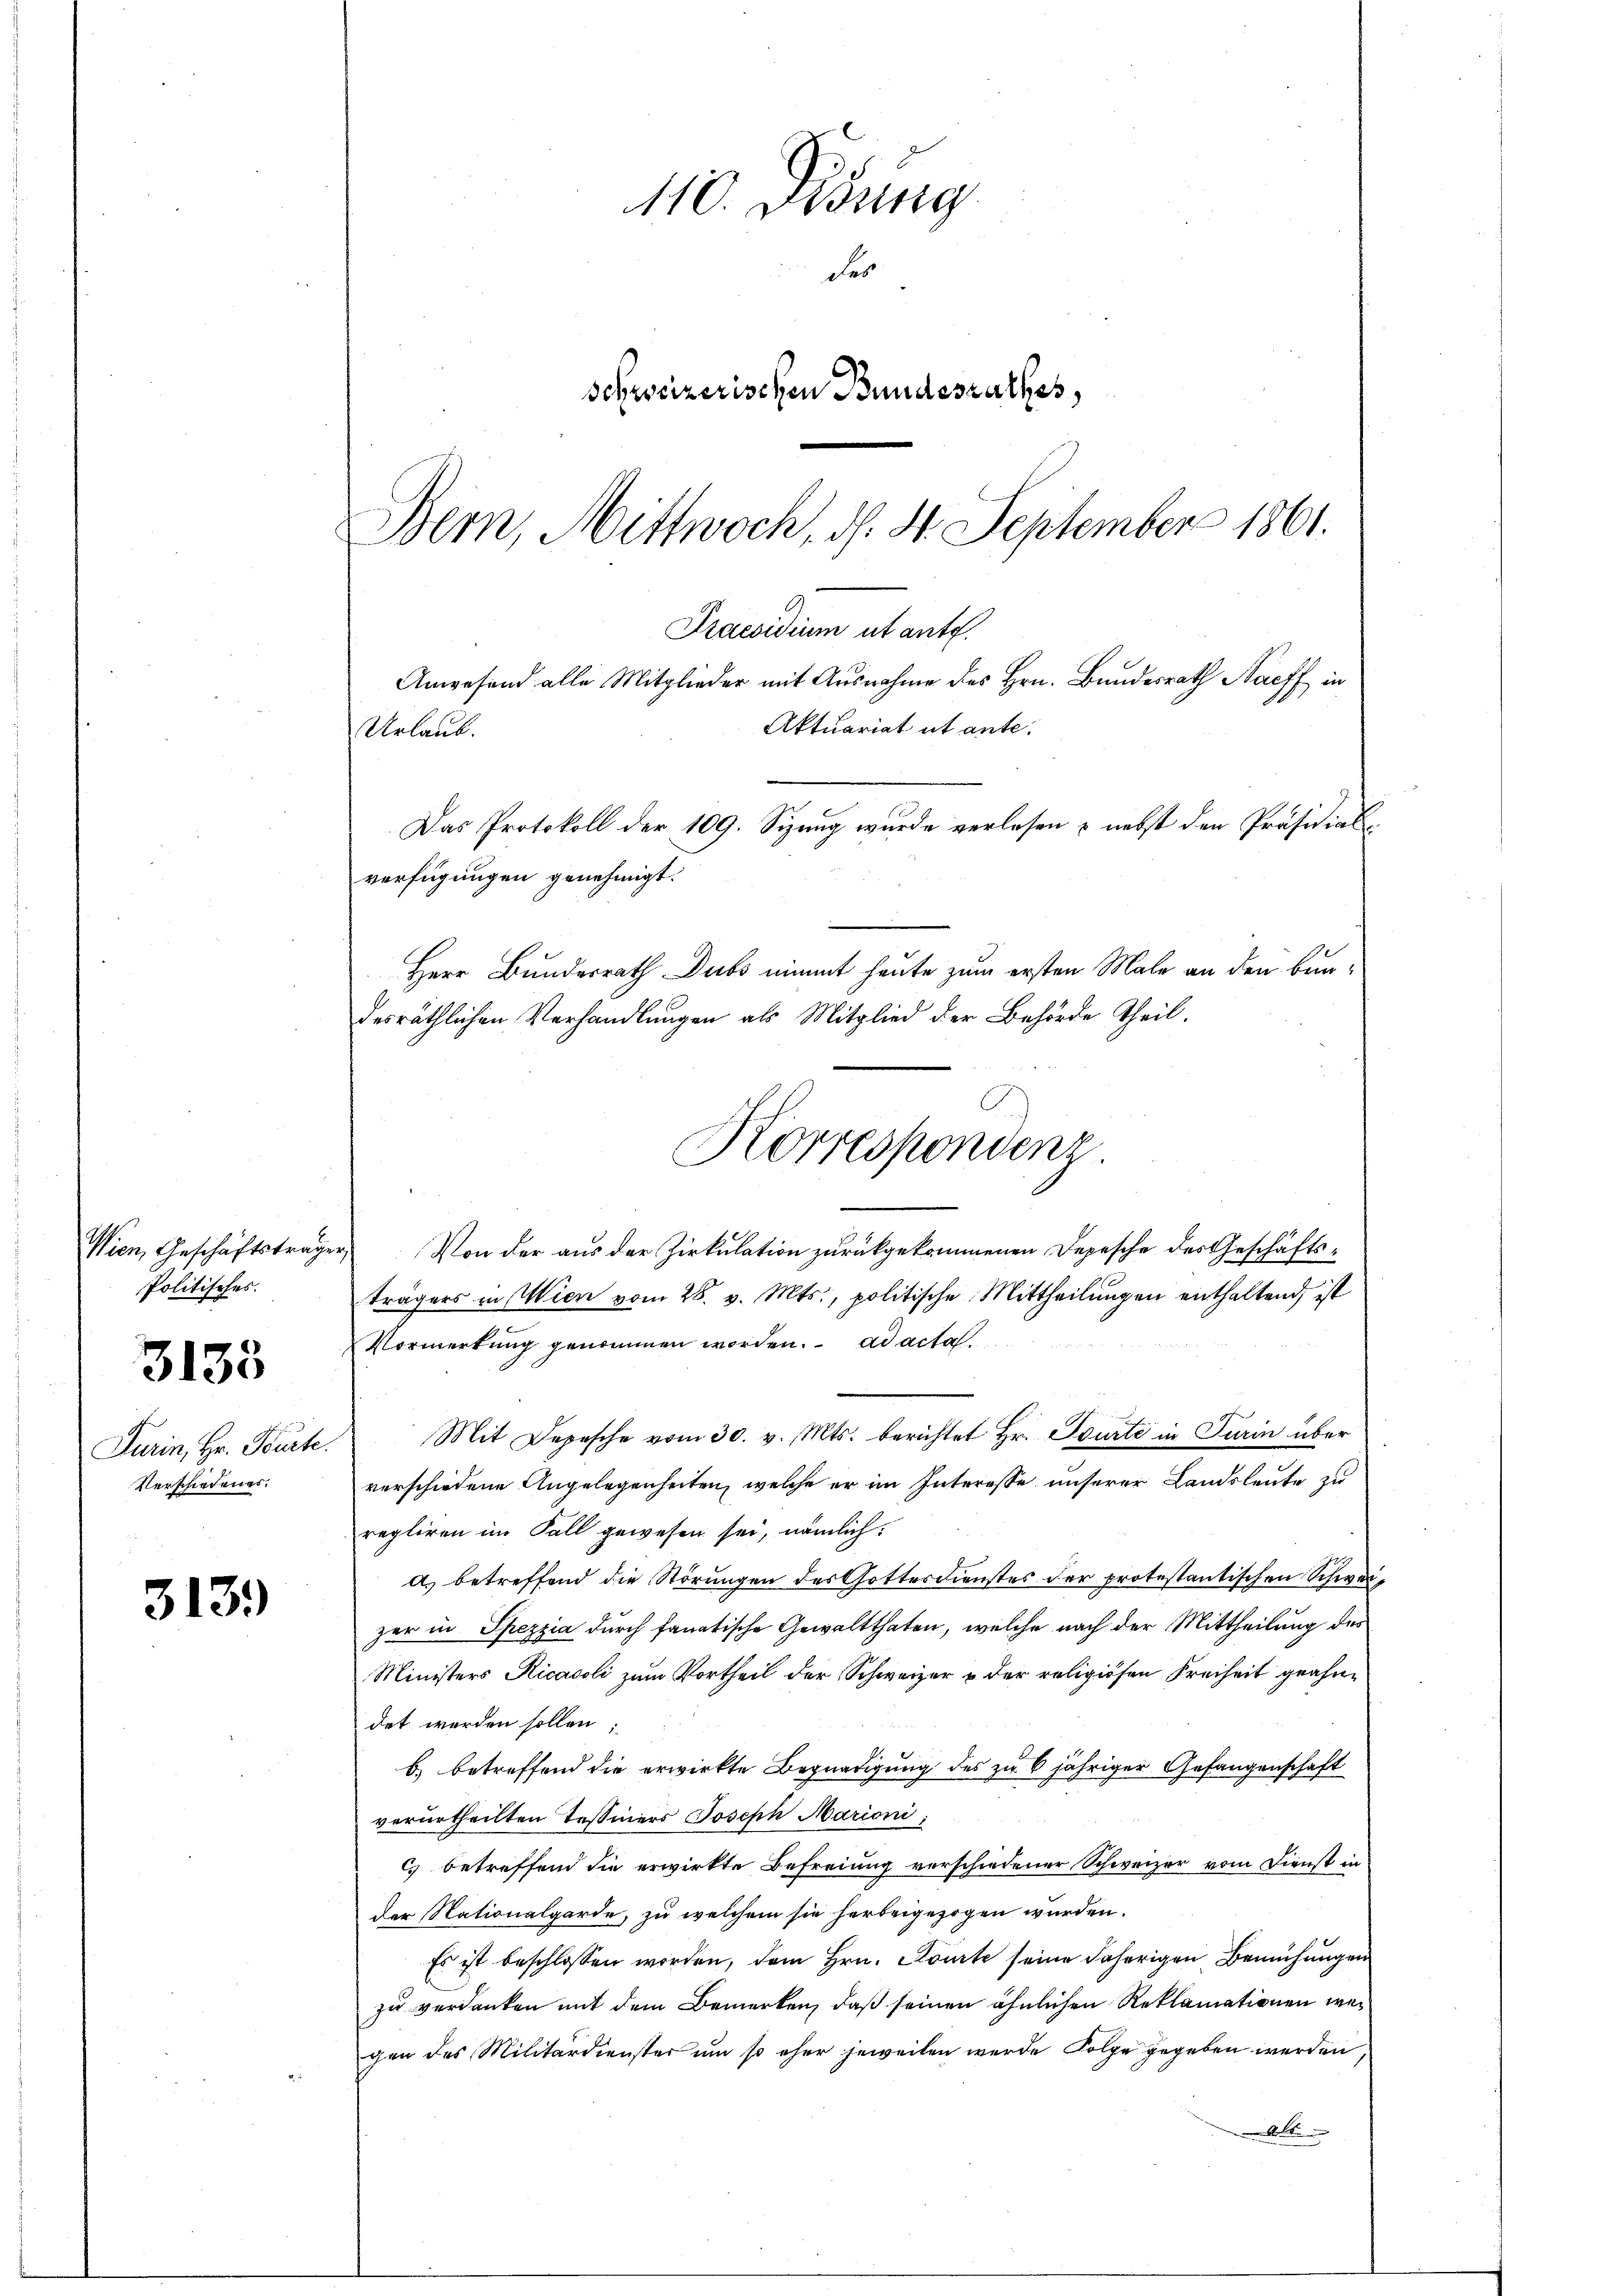
3135

313.

Wien, Geschäftsträge
Politisches.

FTurin, Hr. Bürte.
Verschiedenes.

110. Dedung
Fes
Schweizerischen Bundesrathes,
Bern, Mittwoch, d. 4. September 1861.
Praesidium ut ante.

Anwesend alle Mitglieder mit Ausnahme des Hrn. Bundesrath Naeff in
Aktuariat ut ante.
Urlaub.
Das Protokoll der 109. Sizung wurde verlesen & nebst den Präsidialverfügungen genehmigt.

Von der aus der Zirkulation zurückgekommenen Depesche des Geschäftsträgers in Wien vom 28. v. Mts., politische Mittheilungen enthaltend, ist
Vormerkung genommen worden. ad acta
Mit Depesche vom 30. v. Mts. berichtet Hr. Spürte in Turin über
verschiedene Angelegenheiten, welche er im Interesse unserer Landsleute zu
regliren im Fall gewesen sei, nämlich:
a) betreffend die Störungen des Gottesdienstes der protestantischen Schweizer in Spezzia durch fanatische Gewaltthaten, welche nach der Mittheilung des
Ministers Ricacoli zum Vortheil der Schweizer u der religiösen Freiheit geahne
det werden sollen.
b) betreffend die erwirkte Begnadigung des zu 6 jähriger Gefangenschaft
verurtheilten Tessiners Joseph Marioni,
c betreffend die erwirkte Befreiung verschiedener Schweizer vom Dienst in
Der Nationalgarde, zu welchem sie herbeigezogen wurden.
Es ist beschlossen worden, dem Hrn. Courte seine daherigen Bemühungen
zu verdanken mit dem Bemerken, daß seinen ähnlichen Reklamationen wer
gen des Militärdienster um so eher jeweilen wurde Folge gegeben werden
Als

Herr Bundesrath Dubs nimmt heute zum ersten Male an den Bundesräthlichen Verhandlungen als Mitglied der Behörde Theil.
Korrespondenz